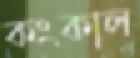
কংকাল